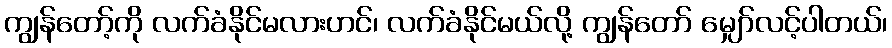
ကျွန်တော့်ကို လက်ခံနိုင်မလားဟင်၊ လက်ခံနိုင်မယ်လို့ ကျွန်တော် မျှော်လင့်ပါတယ်၊